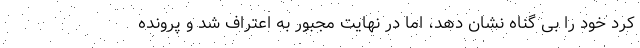
کرد خود را بی گناه نشان دهد، اما در نهایت مجبور به اعتراف شد و پرونده